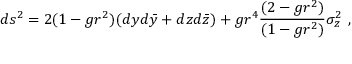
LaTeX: d s ^ { 2 } = 2 ( 1 - g r ^ { 2 } ) ( d y d \bar { y } + d z d \bar { z } ) + g r ^ { 4 } { \frac { ( 2 - g r ^ { 2 } ) } { ( 1 - g r ^ { 2 } ) } } \sigma _ { z } ^ { 2 } \ ,